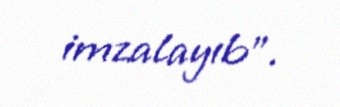
imzalayıb”.